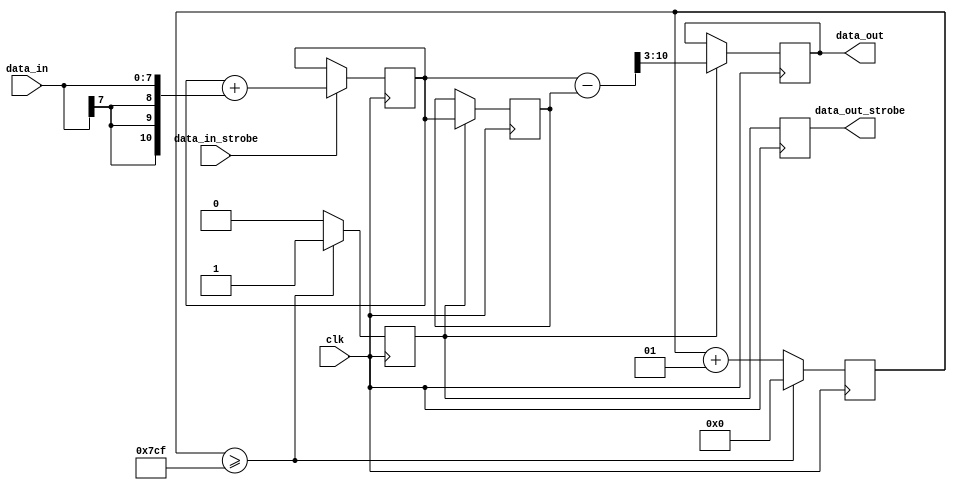
`timescale 1ns / 1ps
//////////////////////////////////////////////////////////////////////////////////
// Company: 
// Engineer: 
// 
// Design Name: 
// Module Name: mic_data_decimator
// Project Name: 
// Target Devices: 
// Tool Versions: 
// Description: 
// 
// Dependencies: 
// 
// Revision:
// Revision 0.01 - File Created
// Additional Comments:
// 
//////////////////////////////////////////////////////////////////////////////////


module mic_data_decimator(
    input wire clk,
    
    input wire signed [7:0] data_in,
    input wire data_in_strobe,
    
    output reg signed [7:0] data_out,
    output reg data_out_strobe
);

    
    reg signed [10:0] micCumSum = 0;
    always @(posedge clk)
        if (data_in_strobe)
            micCumSum <= micCumSum + {{3{data_in[7]}}, data_in};
    
    reg signed [10:0] micCumSumPrev = 0;
    reg signed [15:0] strobe5KhzCounter = 0;
    reg strobe5Khz = 0;
    
    reg [7:0] micDataOn5Khz = 0;
    reg micDataOn5KhzStrobe = 0;
    always @(posedge clk) begin
        if (strobe5KhzCounter >= 16'd1999) begin
            strobe5KhzCounter <= 0;
            strobe5Khz <= 1;
        end else begin
            strobe5KhzCounter <= strobe5KhzCounter + 1;
            strobe5Khz <= 0;
        end
    
        if (strobe5Khz) begin
            micCumSumPrev <= micCumSum;
            data_out <= (micCumSum - micCumSumPrev) >> 3;    
        end
        data_out_strobe <= strobe5Khz;
    end

endmodule